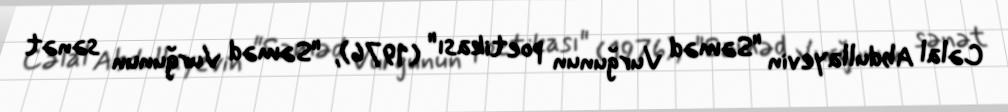
Cəlal Abdullayevin "Səməd Vurğunun poetikası" (1976), "Səməd Vurğunun sənət